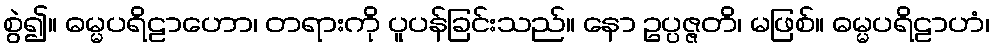
စွဲ၍။ ဓမ္မပရိဠာဟော၊ တရားကို ပူပန်ခြင်းသည်။ နော ဥပ္ပဇ္ဇတိ၊ မဖြစ်။ ဓမ္မပရိဠာဟံ၊